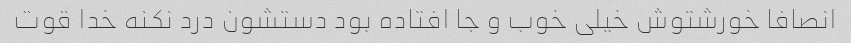
انصافا خورشتوش خیلی خوب و جا افتاده بود دستشون درد نکنه خدا قوت